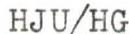
HJU/HG